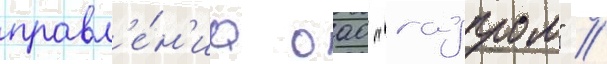
правл'е́н'иа оао "газпром" //